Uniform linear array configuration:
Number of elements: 16
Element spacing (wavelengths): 0.25
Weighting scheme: kaiser
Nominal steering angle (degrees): -45
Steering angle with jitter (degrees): -43.874
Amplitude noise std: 0.05
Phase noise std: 0.05

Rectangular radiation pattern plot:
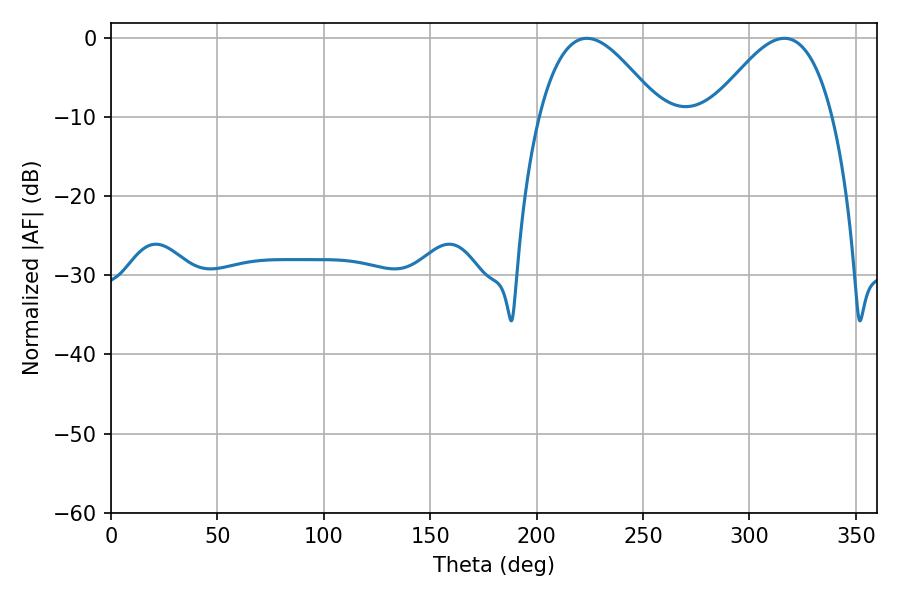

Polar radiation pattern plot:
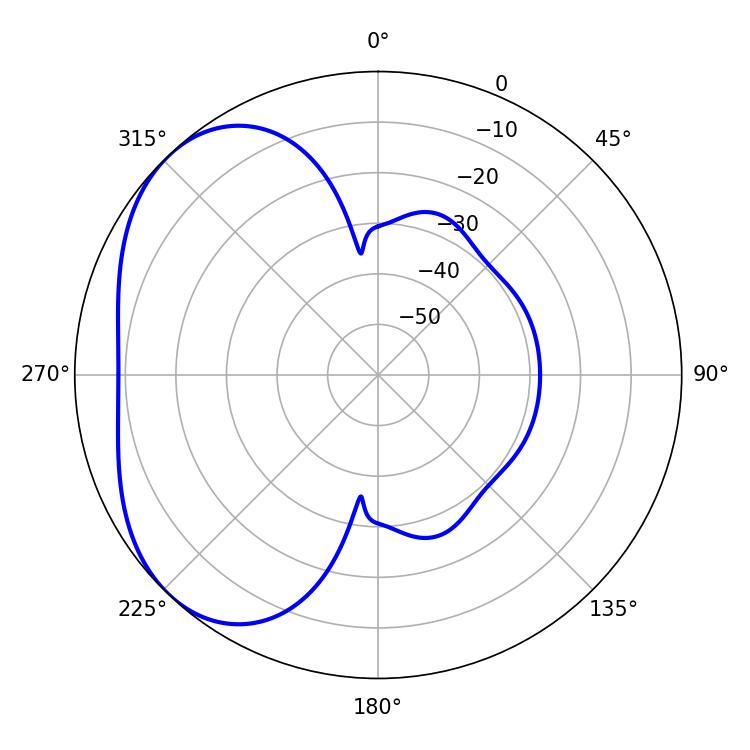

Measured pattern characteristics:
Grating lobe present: FALSE
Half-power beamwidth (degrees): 30.96
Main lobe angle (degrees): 223.56